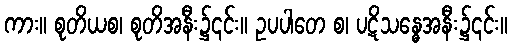
ကား။ စုတိယစ၊ စုတိအနီး၌၎င်း။ ဥပပါတေ စ၊ ပဋိသန္ဓေအနီး၌၎င်း။